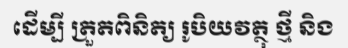
ដើម្បី ត្រួតពិនិត្យ រូបិយវត្ថុ ថ្មី និង